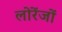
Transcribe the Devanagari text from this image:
लोरेंजों